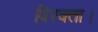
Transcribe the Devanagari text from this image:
विरक्ता।